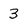
Character: 3